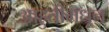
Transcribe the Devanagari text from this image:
आहुतीमधून